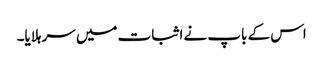
اس کے باپ نے اثبات میں سر ہلایا۔